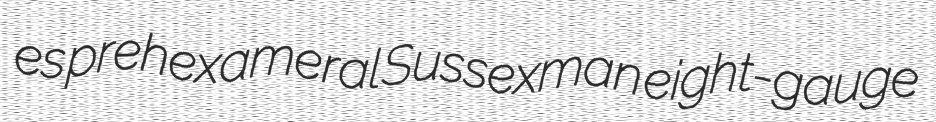
es prehexameral Sussexman eight-gauge